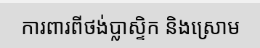
ការពារពីថង់ប្លាស្ទិក និងស្រោម